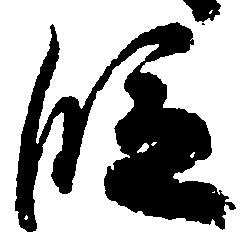
段